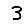
Digit: 3